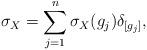
LaTeX: \begin{align*}\sigma_X = \sum_{j=1}^n\sigma_X(g_j)\delta_{[g_j]},\end{align*}